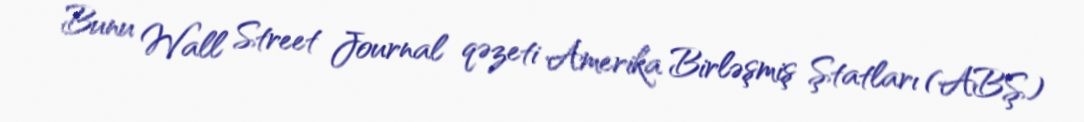
Bunu Wall Street Journal qəzeti Amerika Birləşmiş Ştatları (ABŞ)